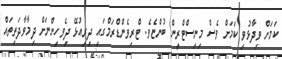
ކަމަށް ވިދާޅުވި ކަމަށް ވެސް މިނިސްޓްރީން ބުންޏެވެ. ޓްރިވެންޑްރަމްގައި ދިރިއުޅޭ ދިވެހިންނަށް ދިމާވާދަތިތައް